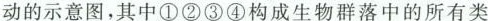
动的示意图，其中①②③④构成生物群落中的所有类